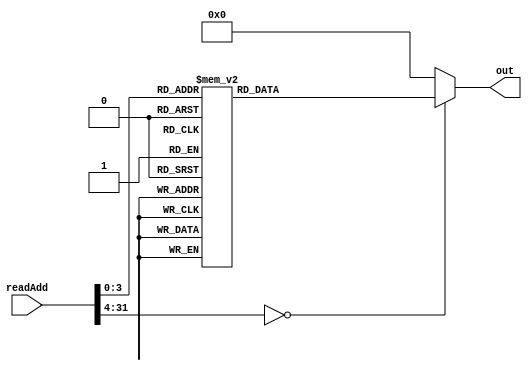
module instruction(input [31:0] readAdd,
						 output reg [31:0] out
    );
	
	always @(*)
		case(readAdd)
			32'b0: out = 32'b000000_00000_00001_00010_00000_100000; // 1+2=3  3 to reg 2
			32'b1: out = 32'b000000_00000_00001_00010_00000_100010; // 1-2=-1 to reg2
			32'b10: out = 32'b000000_00000_00001_00010_00000_100100; //and
			32'b11: out = 32'b000000_00000_00001_00010_00000_100101; //or
			32'b100: out = 32'b000000_00000_00001_00010_00000_100100; //and			
			32'b101: out = 32'b000010_00000000000000000000001000;//jump to add pc+2
			
			32'b110: out = 32'b101011_00100_00011_0000000000000101;//store 5 to mem 3
			32'b111: out = 32'b100011_00100_00011_00000000000000100;//load 4 in reg 3
			
			32'b1000: out = 32'b000000_00000_00001_00010_00000_100000; // 1+2=3  3 to reg 2
    		32'b1001: out = 32'b000000_00000_00001_00010_00000_100010; // 1-2=-1 to reg2
		   32'b1010: out = 32'b000000_00000_00001_00010_00000_100100; //and
			32'b1011: out = 32'b000000_00000_00001_00010_00000_100101; //or
			
			default: out = 32'b00000000000000000000000000000000;
		endcase
endmodule